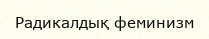
Радикалдық феминизм